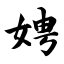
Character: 娉